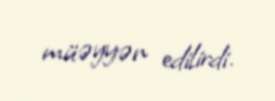
müəyyən edilirdi.